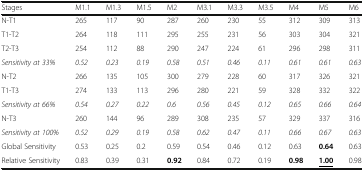
<table><thead><tr><td><b>Stages</b></td><td><b>M1.1</b></td><td><b>M1.3</b></td><td><b>M1.5</b></td><td><b>M2</b></td><td><b>M3.1</b></td><td><b>M3.3</b></td><td><b>M3.5</b></td><td><b>M4</b></td><td><b>M5</b></td><td><b>M6</b></td></tr></thead><tbody><tr><td>N-T1</td><td>265</td><td>117</td><td>90</td><td>287</td><td>260</td><td>230</td><td>55</td><td>312</td><td>309</td><td>313</td></tr><tr><td>T1-T2</td><td>264</td><td>118</td><td>111</td><td>295</td><td>255</td><td>231</td><td>56</td><td>303</td><td>304</td><td>321</td></tr><tr><td>T2-T3</td><td>254</td><td>112</td><td>88</td><td>290</td><td>247</td><td>224</td><td>61</td><td>296</td><td>298</td><td>311</td></tr><tr><td><i>Sensitivity at 33%</i></td><td><i>0.52</i></td><td><i>0.23</i></td><td><i>0.19</i></td><td><i>0.58</i></td><td><i>0.51</i></td><td><i>0.46</i></td><td><i>0.11</i></td><td><i>0.61</i></td><td><i>0.61</i></td><td><i>0.63</i></td></tr><tr><td>N-T2</td><td>266</td><td>135</td><td>105</td><td>300</td><td>279</td><td>228</td><td>60</td><td>317</td><td>326</td><td>321</td></tr><tr><td>T1-T3</td><td>274</td><td>133</td><td>113</td><td>296</td><td>280</td><td>221</td><td>59</td><td>328</td><td>332</td><td>322</td></tr><tr><td><i>Sensitivity at 66%</i></td><td><i>0.54</i></td><td><i>0.27</i></td><td><i>0.22</i></td><td><i>0.6</i></td><td><i>0.56</i></td><td><i>0.45</i></td><td><i>0.12</i></td><td><i>0.65</i></td><td><i>0.66</i></td><td><i>0.64</i></td></tr><tr><td>N-T3</td><td>260</td><td>144</td><td>96</td><td>289</td><td>308</td><td>235</td><td>57</td><td>329</td><td>337</td><td>316</td></tr><tr><td><i>Sensitivity at 100%</i></td><td><i>0.52</i></td><td><i>0.29</i></td><td><i>0.19</i></td><td><i>0.58</i></td><td><i>0.62</i></td><td><i>0.47</i></td><td><i>0.11</i></td><td><i>0.66</i></td><td><i>0.67</i></td><td><i>0.63</i></td></tr><tr><td>Global Sensitivity</td><td>0.53</td><td>0.25</td><td>0.2</td><td>0.59</td><td>0.54</td><td>0.46</td><td>0.12</td><td>0.63</td><td><b>0.64</b></td><td>0.63</td></tr><tr><td>Relative Sensitivity</td><td>0.83</td><td>0.39</td><td>0.31</td><td><b>0.92</b></td><td>0.84</td><td>0.72</td><td>0.19</td><td><b>0.98</b></td><td><b><underline>1.00</underline></b></td><td>0.98</td></tr></tbody></table>